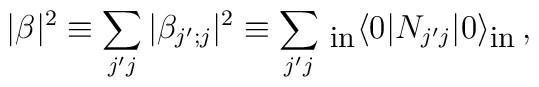
|\beta |^2\equiv\sum_{j'j}|\beta_{j';j}|^2\equiv\sum_{j'j}\, _{\mbox{\small in}}\langle 0|N_{j'j}|0\rangle_{\mbox{\small in}}\, ,